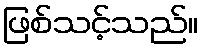
ဖြစ်သင့်သည်။